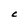
Character: C